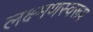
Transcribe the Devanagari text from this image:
लक्ष्मणस्वरूप